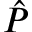
\hat { P }